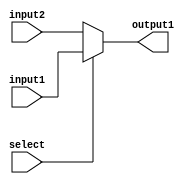
module MuxAlu(
    input [31:0] input1,
    input [31:0] input2,
    input select,
    output [31:0] output1
    );
    assign output1=select?input1:input2;
endmodule